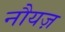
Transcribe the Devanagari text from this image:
नौयज़